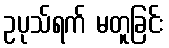
ဥပုသ်ရက် မတူခြင်း